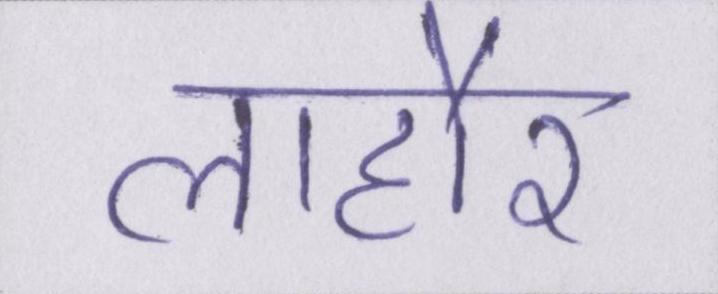
लाहौर